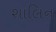
શાલિન